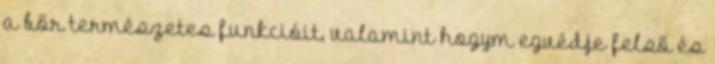
a bőr természetes funkcióit, valamint hogym egvédje felső és